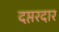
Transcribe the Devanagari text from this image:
दप्तरदार